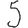
Digit: 5